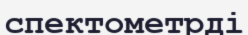
спектометрді